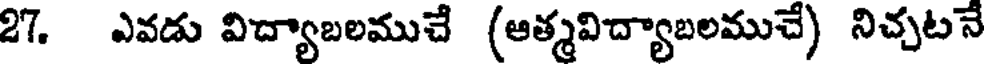
27. ఎవడు విద్యాబలముచే (ఆత్మవిద్యాబలముచే) నిచ్చటనే